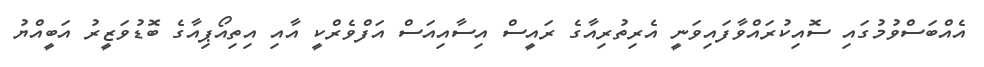
އެއްބަސްވުމުގައި ސޮއިކުރައްވާފައިވަނީ އެރިތުރިއާގެ ރައީސް އިސާއިއަސް އަފްވެރްކީ އާއި އިތިއޯޕިއާގެ ބޮޑުވަޒީރު އަބީއްޔު